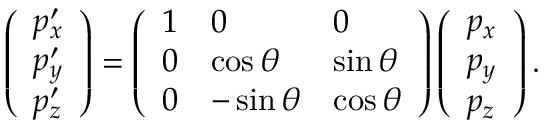
\left( \begin{array} { l } { p _ { x } ^ { \prime } } \\ { p _ { y } ^ { \prime } } \\ { p _ { z } ^ { \prime } } \end{array} \right) = \left( \begin{array} { l l l } { 1 } & { 0 } & { 0 } \\ { 0 } & { \cos \theta } & { \sin \theta } \\ { 0 } & { - \sin \theta } & { \cos \theta } \end{array} \right) \left( \begin{array} { l } { p _ { x } } \\ { p _ { y } } \\ { p _ { z } } \end{array} \right) .